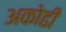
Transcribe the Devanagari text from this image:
अकोढी